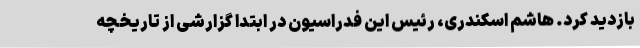
بازدید کرد. هاشم اسکندری، رئیس این فدراسیون در ابتدا گزارشی از تاریخچه